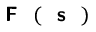
{ \textbf { \textsf { F } } } ( { \textbf { \textsf { s } } } )